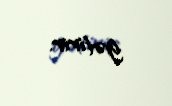
gətirir.